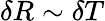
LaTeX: \delta R\sim\delta T